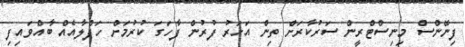
ފިނޭންސް މިނިސްޓްރީން ސަރުކާރަށް ތިން އަހަރު ފުރުން ފާހަގަ ކުރުމަށް ހަފްލާއެއް ބާއްވައިފި